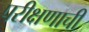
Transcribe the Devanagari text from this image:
परीक्षणाची